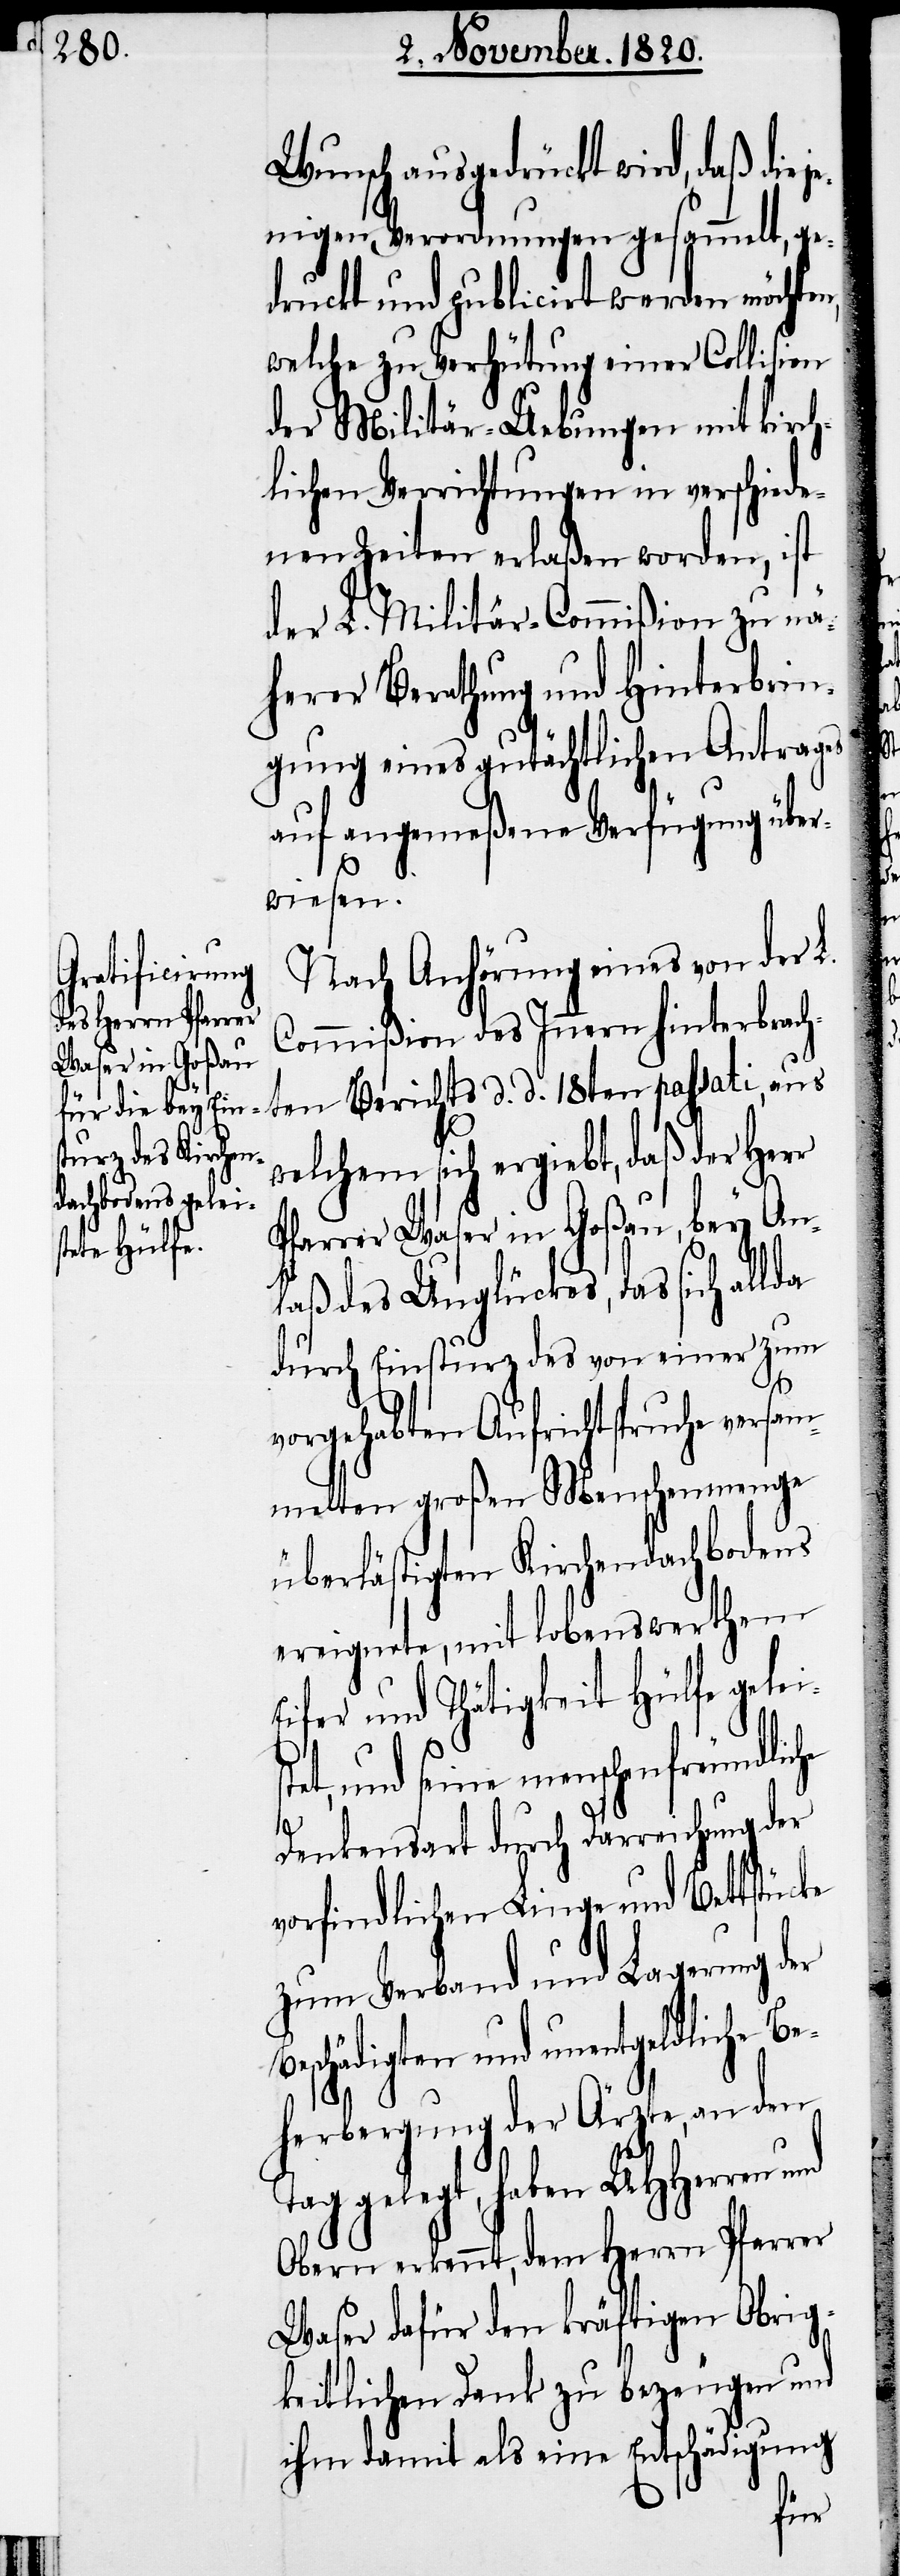
Wunsch ausgedrückt wird, daß diej¬
enigen Verordnungen gesammelt, ge¬
druckt und publicirt werden möchten,
welche zu Verhütung einer Collision
der Militär-Uebungen mit kirch¬
lichen Verrichtungen in verschiede¬
nen Zeiten erlaßen worden, ist
der L. Militär-Commißion zu nä¬
herer Berathung und Hinterbrin¬
gung eines gutächtlichen Antrages
auf angemeßene Verfügung über¬
wiesen.
Nach Anhörung eines von der L.
Commißion des Innern hinterbrach¬
welchem sich ergiebt, daß der Herr
Pfarrer Waser in Goßau, bey An¬
laß des Unglückes, das sich
durch Einsturz des von einer zum
vorgehabten Aufrichtspruche versam¬
melten großen Menschenmenge
überlästigten Kirchendachbodens
ereignete, mit lobenswerthem
Eifer und Thätigkeit Hülfe gelei¬
t, und seine menschenfreundlic¬
he
Denkensart durch Darreichung der
vorfindlichen Linge und Bettstücke
zum Verband und Lagerung der
herbergung der Ärzte, an den
gelegt, haben UHherren
Obern erkennt, dem Herrn Pfarrer
Waser dafür den kräftigen Obrig¬
keitlichen Dank zu bezeugen und
ihm damit als eine Entschädigung
ste¬

d.